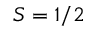
S = 1 / 2